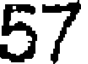
57